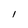
Character: I